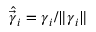
\widehat { \vec { \gamma } } _ { i } = \boldsymbol { \gamma } _ { i } / \Vert \boldsymbol { \gamma } _ { i } \Vert